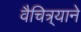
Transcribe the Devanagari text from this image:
वैचित्र्याने